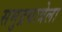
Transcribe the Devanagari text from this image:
समुद्रयात्रेला